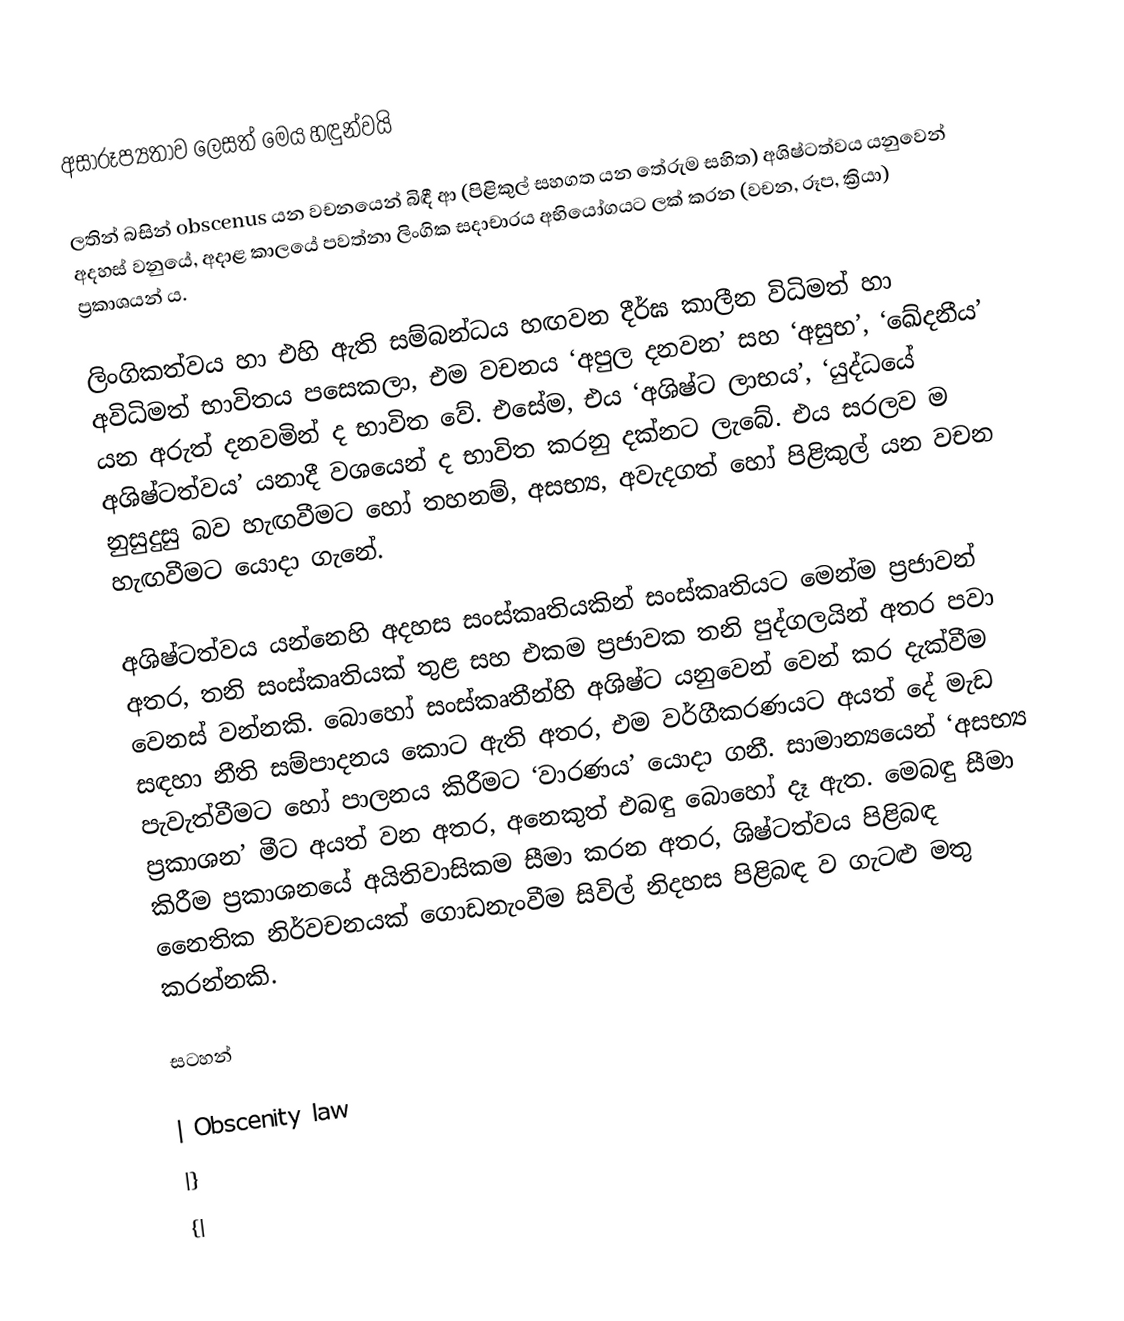
අසාරූප්‍යතාව ලෙසත් මෙය හඳුන්වයි

ලතින් බසින් obscenus යන වචනයෙන් බිඳී ආ (පිළිකුල් සහගත යන තේරුම සහිත) අශිෂ්ටත්වය යනුවෙන් අදහස් වනුයේ, අදාළ කාලයේ පවත්නා ලිංගික සදාචාරය අභියෝගයට ලක් කරන (වචන, රූප, ක්‍රියා) ප්‍රකාශයන් ය.

ලිංගිකත්වය හා එහි ඇති සම්බන්ධය හඟවන දීර්ඝ කාලීන විධිමත් හා අවිධිමත් භාවිතය පසෙකලා, එම වචනය ‘අපුල දනවන’	සහ ‘අසුභ’, ‘ඛේදනීය’ යන අරුත් දනවමින් ද භාවිත වේ. එසේම, එය ‘අශිෂ්ට ලාභය’, ‘යුද්ධයේ අශිෂ්ටත්වය’ යනාදී වශයෙන් ද භාවිත කරනු දක්නට ලැබේ. එය සරලව ම නුසුදුසු බව හැඟවීමට හෝ තහනම්, අසභ්‍ය, අවැදගත් හෝ පිළිකුල් යන වචන හැඟවීමට යොදා ගැනේ.

අශිෂ්ටත්වය යන්නෙහි අදහස සංස්කෘතියකින් සංස්කෘතියට මෙන්ම ප්‍රජාවන් අතර, තනි සංස්කෘතියක් තුළ සහ එකම ප්‍රජාවක තනි පුද්ගලයින් අතර පවා වෙනස් වන්නකි. බොහෝ සංස්කෘතීන්හි අශිෂ්ට යනුවෙන් වෙන් කර දැක්වීම සඳහා නීති සම්පාදනය කොට ඇති අතර, එම වර්ගීකරණයට අයත් දේ මැඩ පැවැත්වීමට හෝ පාලනය කිරීමට ‘වාරණය’ යොදා ගනී. සාමාන්‍යයෙන් ‘අසභ්‍ය ප්‍රකාශන’ මීට අයත් වන අතර, අනෙකුත් එබඳු බොහෝ දෑ ඇත. මෙබඳු සීමා කිරීම ප්‍රකාශනයේ අයිතිවාසිකම සීමා කරන අතර, ශිෂ්ටත්වය පිළිබඳ නෛතික නිර්වචනයක් ගොඩනැංවීම සිවිල් නිදහස පිළිබඳ ව ගැටළු මතු කරන්නකි.

සටහන්

| Obscenity law
|}
{|